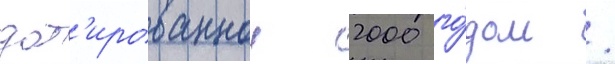
дат'ированнои 2000 го́дом /